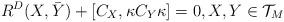
LaTeX: \begin{align*}R^{D}(X, \bar{Y}) + [C_{X}, \kappa C_{Y}\kappa ]=0,X, Y\in {\mathcal T}_{M}\end{align*}